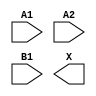
module sky130_fd_sc_hd__o21a (
    //# {{data|Data Signals}}
    input  A1,
    input  A2,
    input  B1,
    output X
);

    // Voltage supply signals
    supply1 VPWR;
    supply0 VGND;
    supply1 VPB ;
    supply0 VNB ;

endmodule